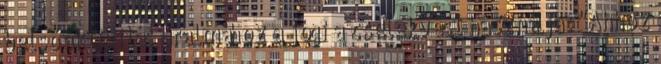
belső aktivitás uralmához a jógi a cselekvést használja: "Ahhoz